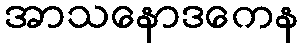
အာသနောဒကေန